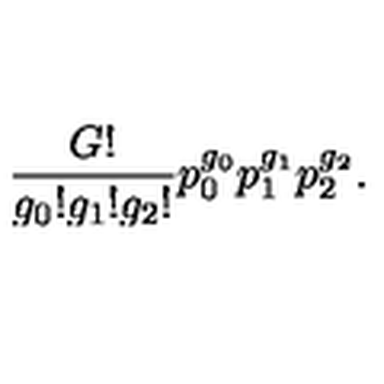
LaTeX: \frac { G ! } { g _ { 0 } ! g _ { 1 } ! g _ { 2 } ! } p _ { 0 } ^ { g _ { 0 } } p _ { 1 } ^ { g _ { 1 } } p _ { 2 } ^ { g _ { 2 } } .